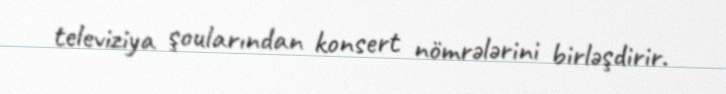
televiziya şoularından konsert nömrələrini birləşdirir.